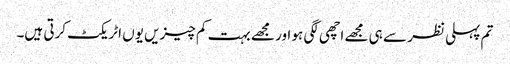
تم پہلی نظر سے ہی مجھے اچھی لگی ہو اور مجھے بہت کم چیزیں یوں اٹریکٹ کرتی ہیں۔